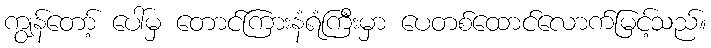
ကျွန်တော့် ပေါ်မှ တောင်ကြားနံရံကြီးမှာ ပေတစ်ထောင်လောက်မြင့်သည်။